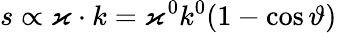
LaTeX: s\propto\varkappa\cdot k=\varkappa^{0}k^{0}(1-\cos\vartheta)